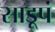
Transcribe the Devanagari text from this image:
साडूपं